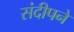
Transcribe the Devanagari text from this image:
संदीपने